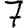
Digit: 7